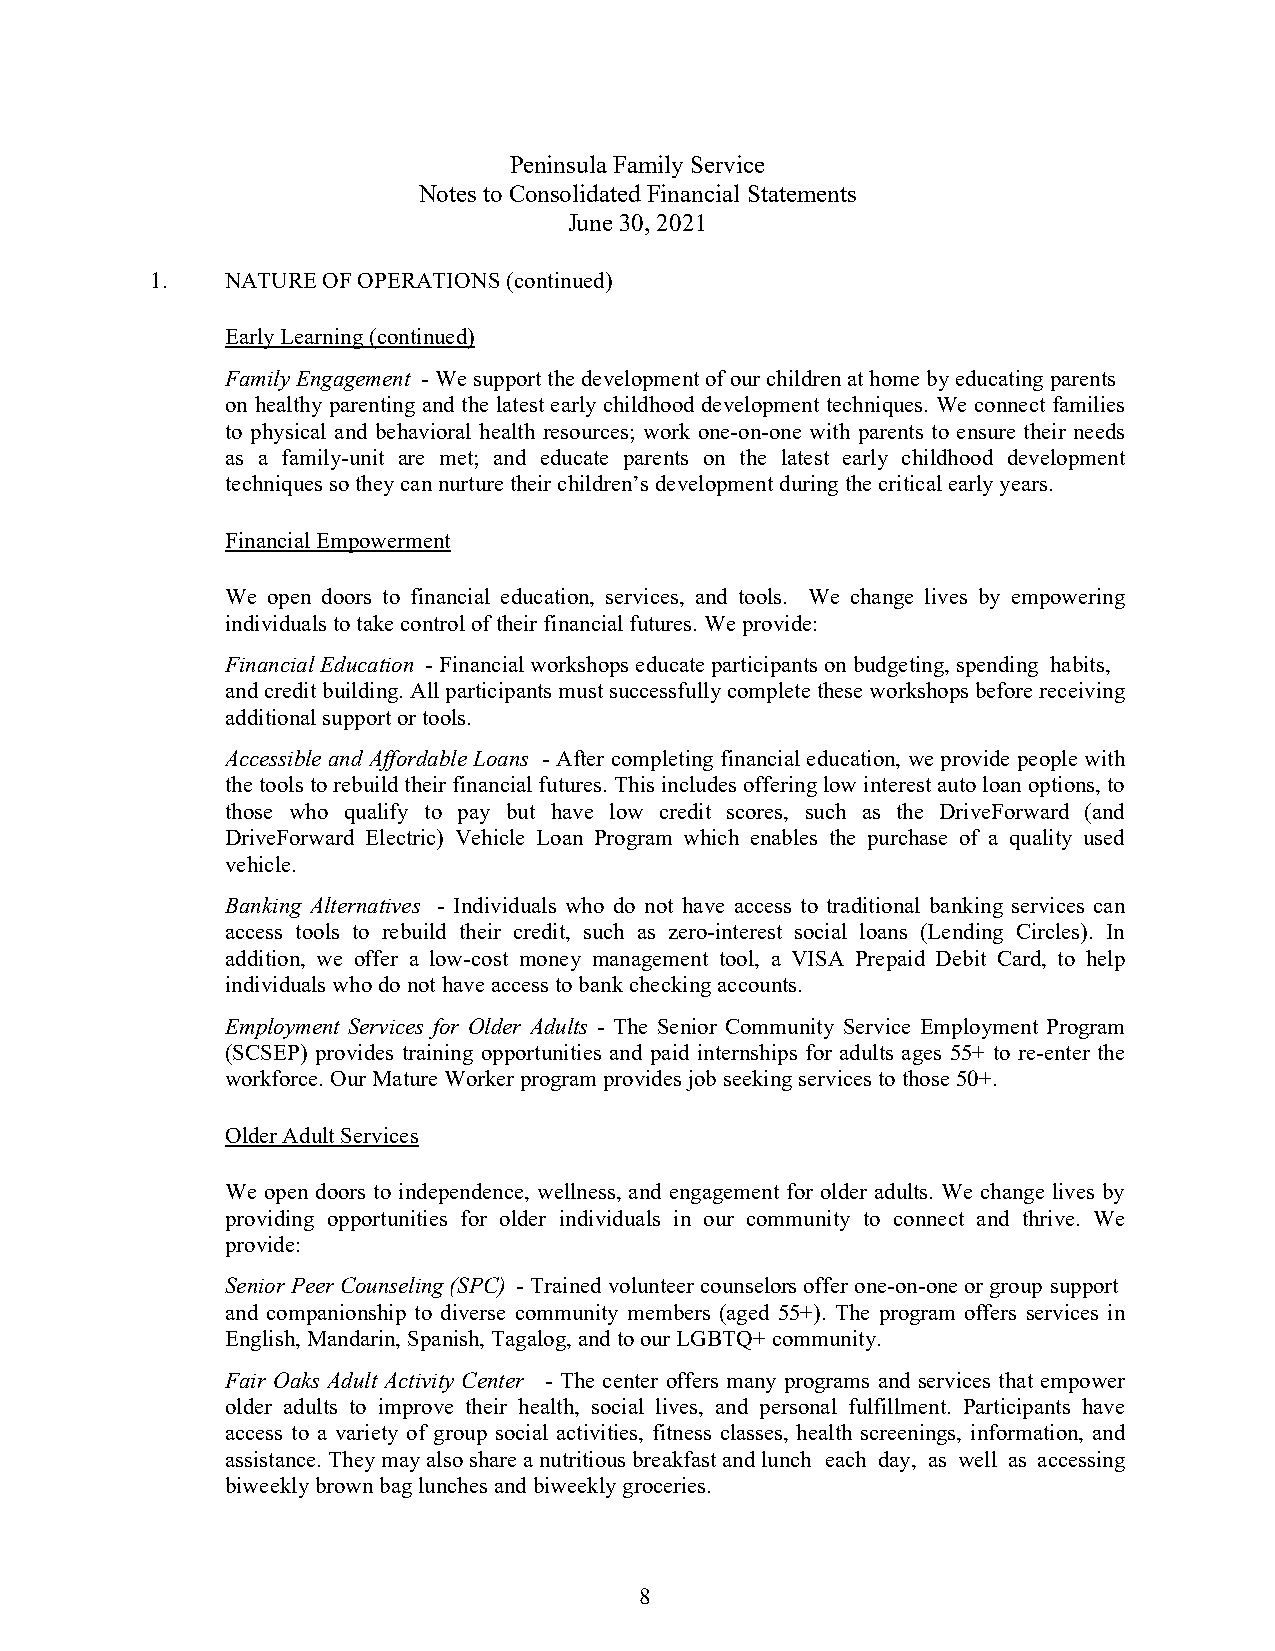
Peninsula Family Service
 Notes to Consolidated Financial Statements
 June 30, 2021
 1.   NATURE OF OPERATIONS (continued)
 Early Learning (continued)
 Family Engagement - We support the development of our children at home by educating parents
 on healthy parenting and the latest early childhood development techniques. We connect families
 to physical and behavioral health resources; work one-on-one with parents to ensure their needs
 as a family-unit are met; and educate parents on the latest early childhood development
 techniques so they can nurture their children’s development during the critical early years.
 Financial Empowerment
 We open doors to financial education, services, and tools. We change lives by empowering
 individuals to take control of their financial futures. We provide:
 Financial Education - Financial workshops educate participants on budgeting, spending habits,
 and credit building. All participants must successfully complete these workshops before receiving
 additional support or tools.
 Accessible and Affordable Loans - After completing financial education, we provide people with
 the tools to rebuild their financial futures. This includes offering low interest auto loan options, to
 those who qualify to pay but have low credit scores, such as the DriveForward (and
 DriveForward Electric) Vehicle Loan Program which enables the purchase of a quality used
 vehicle.
 Banking Alternatives - Individuals who do not have access to traditional banking services can
 access tools to rebuild their credit, such as zero-interest social loans (Lending Circles). In
 addition, we offer a low-cost money management tool, a VISA Prepaid Debit Card, to help
 individuals who do not have access to bank checking accounts.
 Employment Services for Older Adults - The Senior Community Service Employment Program
 (SCSEP) provides training opportunities and paid internships for adults ages 55+ to re-enter the
 workforce. Our Mature Worker program provides job seeking services to those 50+.
 Older Adult Services
 We open doors to independence, wellness, and engagement for older adults. We change lives by
 providing opportunities for older individuals in our community to connect and thrive. We
 provide:
 Senior Peer Counseling (SPC) - Trained volunteer counselors offer one-on-one or group support
 and companionship to diverse community members (aged 55+). The program offers services in
 English, Mandarin, Spanish, Tagalog, and to our LGBTQ+ community.
 Fair Oaks Adult Activity Center - The center offers many programs and services that empower
 older adults to improve their health, social lives, and personal fulfillment. Participants have
 access to a variety of group social activities, fitness classes, health screenings, information, and
 assistance. They may also share a nutritious breakfast and lunch each day, as well as accessing
 biweekly brown bag lunches and biweekly groceries.
 8